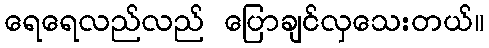
ရေရေလည်လည် ပြောချင်လှသေးတယ်။